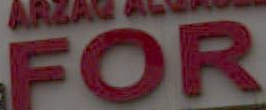
FOR